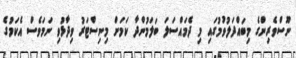
ނޫސްވެރިންގެ މިބައްދަލުވުމުގައި މި ދެމައްސަލަ ބަލަމުންދާ ކަމަށް މިނިސްޓަރު ވިދާޅުވި ނަމަވެސް އެކަމުގެ